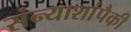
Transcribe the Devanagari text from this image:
संन्याशांपैकी